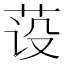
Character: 𰰺